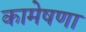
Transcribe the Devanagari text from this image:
कामेषणा